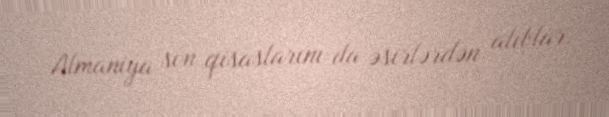
Almaniya son qisaslarını da əsirlərdən alıblar.